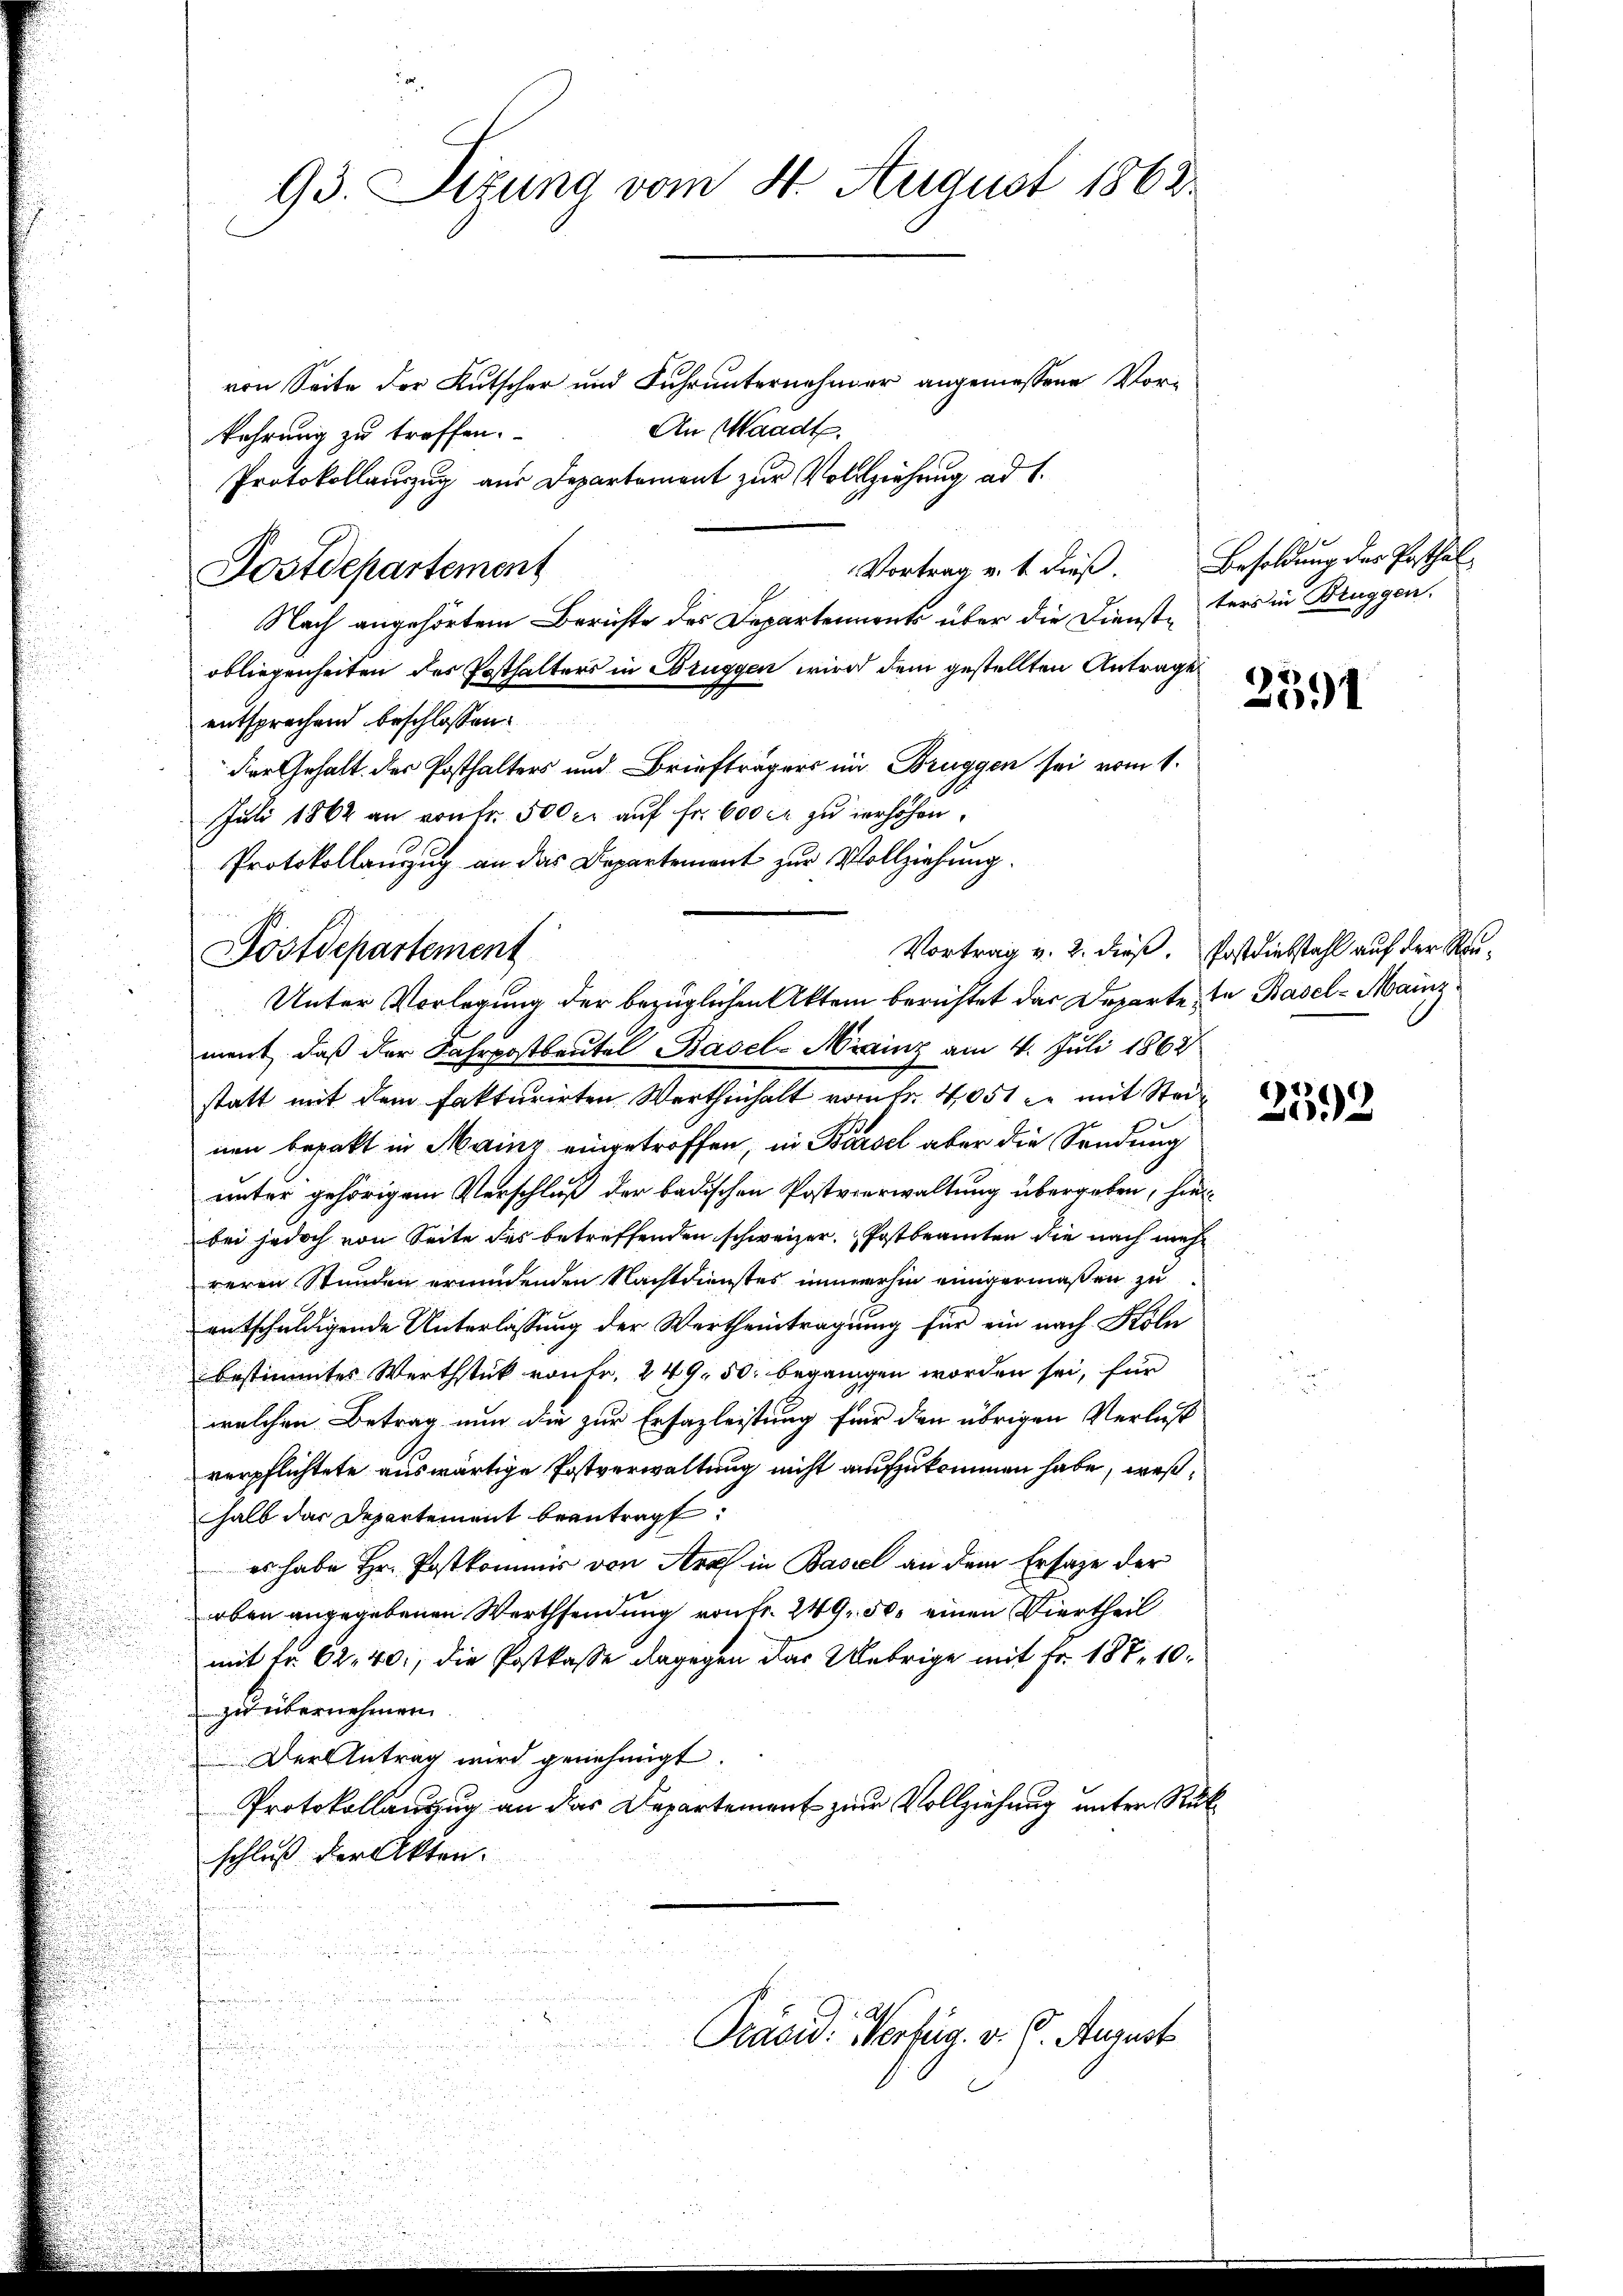
93. Sizung vom 4. August 1863

von Seite der Kutscher und Fuhrunternehmer angemessene Vor¬
An Waadt.
kehrung zu treffen.
Protokollauzug aus Departement zur Vollziehung ad 1.
Nach angehörtem Berichte des Departenrents über die Dienst-ters in Bruggen.
obliegenheiten des Posthalters in Brüggen wird dem gestellten Antrage
entsprechend beschlossen:
der Gehalt des Posthalters und Briefträgers im Bruggen sei vom 1.
Juli 1862 an von fr. 500 r. aŭf fr. 600 c zu verhöhen.
Protokollanzug an das Departement zur Vollziehung.
ment, daß der Fahrpostbautel Basel-Sainz am 4. Juli 1862
statt mit dem fakturirten Werthinhalt vom Fr. 4051 in mit Stei
nen bepakt in Mainz eingetroffen, in Barsel aber die Sendung
unter gehörigem Verschluß der badischen Postverwaltung übergeben, hierbei jedoch von Seite des betreffenden schweizer. Postbeamten die nach mehr
reren Stunden wundenden Nachtdienstes immerhin einigermaßen zu
entschuldigende Unterlassung der Wertheintragung für ein nach Köln
bestimmtes Werthstick rönte, 249, 50. begangen worden sei, für
welchen Betrag nun die zur Erfazleistung für den übrigen Verlus
verpflichtete auswärtige Postverwaltung nicht aufzukommen habe, weßhalb das Departement beantragt:
es habe Hr. Postkommis von Art in Basel an dem Ersage der
oben angegebenen Werthsendung von Fr. 249, 50. einen Viertheil
mit Fr. 62. 40, die Postkasse dagegen das Uebrige mit Fr. 187. 10.
zu übernehmen.
Der Antrag wird genehmigt.
Protokollauszug an das Departement zur Vollziehung unter Rükschluß der Akten.
Präsid. Verfüg. v. 6. August

Postdepartement

Postdepartement

Unter Vorlegung der bezüglichen Aktem berichtet das Departe, in Basel-Mainz

Vortrag u. t dieß. Besoldung des Posthal

Vortrag v. 2. dieß. Postdiebstahl auf der Rau¬

2591

2592